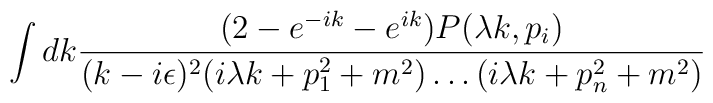
\int dk \frac{(2-e^{-ik}-e^{ik})P( \lambda k,p_i)}{(k-i \epsilon)^2(i\lambda k+p_1^2+m^2) \ldots (i \lambda k+p_n^2+m^2)}